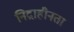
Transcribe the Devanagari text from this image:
निद्राहीनता